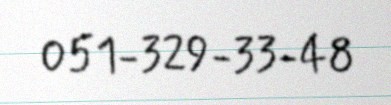
051-329-33-48